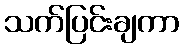
သက်ပြင်းချကာ